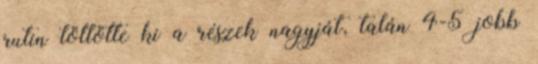
rutin töltötte ki a részek nagyját, talán 4-5 jobb